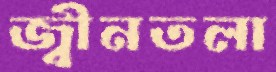
জ্বীনতলা